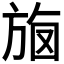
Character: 𣃳